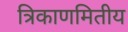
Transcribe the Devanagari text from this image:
त्रिकाणमितीय